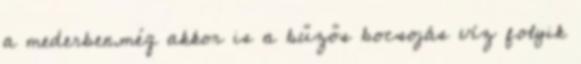
a mederben.még akkor is a bűzős bocsojás víz folyik